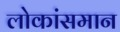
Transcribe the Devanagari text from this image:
लोकांसमान